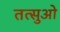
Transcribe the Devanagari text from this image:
तत्सुओ